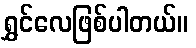
ရွှင်လေဖြစ်ပါတယ်။